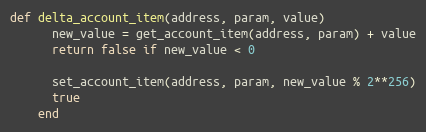
Language: Ruby
def delta_account_item(address, param, value)
      new_value = get_account_item(address, param) + value
      return false if new_value < 0

      set_account_item(address, param, new_value % 2**256)
      true
    end